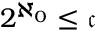
2 ^ { \aleph _ { 0 } } \leq { \mathfrak { c } }